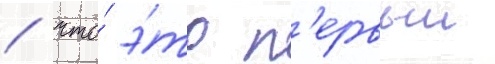
/ что́ э́то п'ервыи